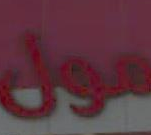
من